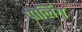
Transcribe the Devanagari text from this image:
पौलिंग